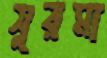
সুরমা